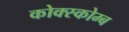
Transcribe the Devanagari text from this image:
कोक्स्कोम्ब